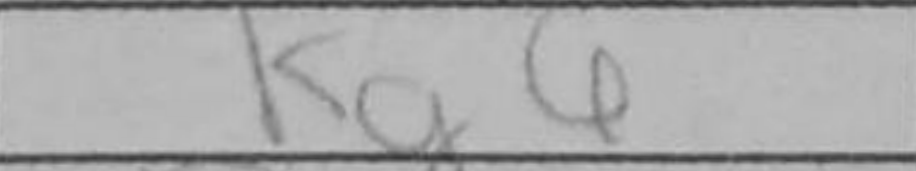
Transcription: Kg6